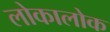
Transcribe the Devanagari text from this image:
लोकालोक